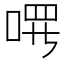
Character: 𪡔